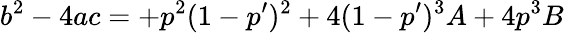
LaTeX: b^{2}-4ac=+p^{2}(1-p^{\prime})^{2}+4(1-p^{\prime})^{3}A+4p^{3}B